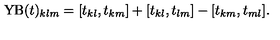
\mathrm { Y B } ( t ) _ { k l m } = [ t _ { k l } , t _ { k m } ] + [ t _ { k l } , t _ { l m } ] - [ t _ { k m } , t _ { m l } ] .